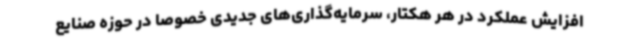
افزایش عملکرد در هر هکتار، سرمایه‌گذاری‌های جدیدی خصوصا در حوزه صنایع